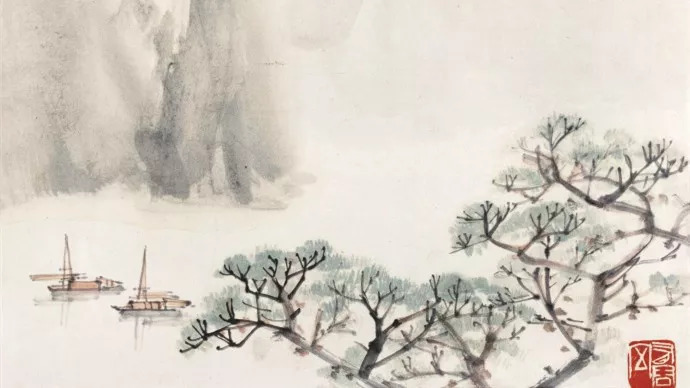
十五彩衣年，承欢慈母前。